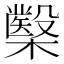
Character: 𭬢